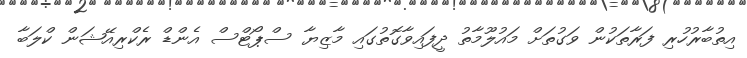
އިތުބާރުހުރި ފަރާތަކުން ވަގުތަށް މައުލޫމާތު ދީފައިވާގޮތުގައި މާޒިޔާ ސްޕޯޓްސް އެންޑް ރެކްރިއޭޝަން ކްލަބާ